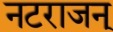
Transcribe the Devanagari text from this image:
नटराजन्‌